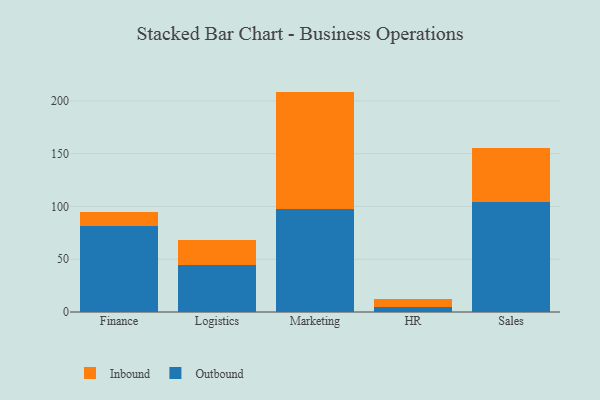
{"axis": {"x": "Department", "y": "Bounce Rate (%)"}, "legend": ["Inbound", "Outbound"], "data": [{"x": "Finance", "y": 81.9, "type": "Outbound"}, {"x": "Finance", "y": 12.5, "type": "Inbound"}, {"x": "Logistics", "y": 44.9, "type": "Outbound"}, {"x": "Logistics", "y": 23.6, "type": "Inbound"}, {"x": "Marketing", "y": 97.5, "type": "Outbound"}, {"x": "Marketing", "y": 111.3, "type": "Inbound"}, {"x": "HR", "y": 5.2, "type": "Outbound"}, {"x": "HR", "y": 6.9, "type": "Inbound"}, {"x": "Sales", "y": 103.9, "type": "Outbound"}, {"x": "Sales", "y": 51.9, "type": "Inbound"}]}